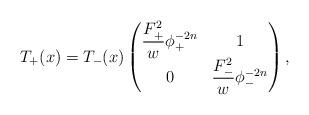
LaTeX: \begin{align*} T_+(x) = T_-(x)\left(\begin{matrix}\dfrac{F_+^2}{w} \phi_+^{-2n} & 1\\0 & \dfrac{F_-^2}{w} \phi_-^{-2n}\end{matrix}\right) , \end{align*}